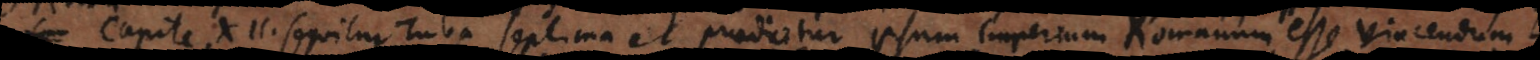
Capite XII. sequitur Tuba septima et praedicitur ipsum imperium Romanum esse vincendu